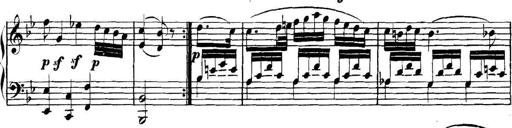
Title: Collected Piano Sonatas
Composer: Muzio Clementi